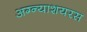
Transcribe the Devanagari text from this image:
अग्न्याशयरस